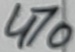
Text: 470